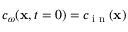
c _ { \omega } ( \textbf x , t = 0 ) = c _ { \tiny \mathrm { ~ i ~ n ~ } } ( \textbf x )